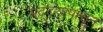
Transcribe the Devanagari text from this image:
पट्टयांपासून